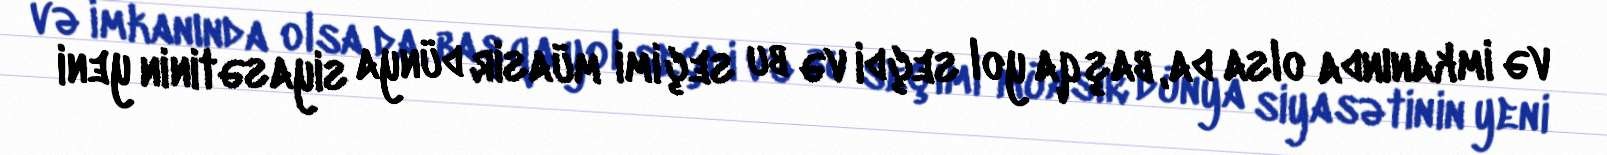
və imkanında olsa da, başqa yol seçdi və bu seçimi müasir dünya siyasətinin yeni